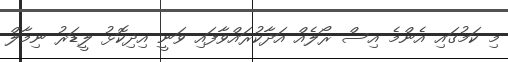
މި ކަމުގައި އެންމެ އިސް ރޯލެއް އަދާކުރައްވާފައި ވަނީ އިދިކޮޅު ލީޑަރު ނިމާލް